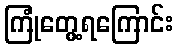
ကြုံတွေ့ရကြောင်း